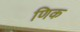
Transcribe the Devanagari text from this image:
णिक